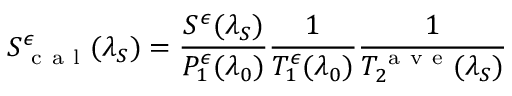
S _ { \mathrm { ~ c ~ a ~ l ~ } } ^ { \epsilon } ( \lambda _ { S } ) = \frac { S ^ { \epsilon } ( \lambda _ { S } ) } { P _ { 1 } ^ { \epsilon } ( \lambda _ { 0 } ) } \frac { 1 } { T _ { 1 } ^ { \epsilon } ( \lambda _ { 0 } ) } \frac { 1 } { T _ { 2 } ^ { \mathrm { ~ a ~ v ~ e ~ } } ( \lambda _ { S } ) }